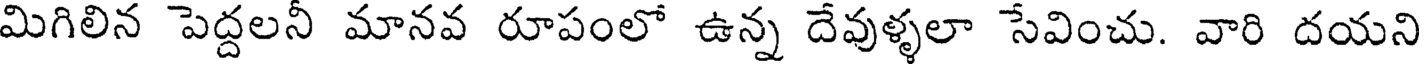
మిగిలిన పెద్దలనీ మానవ రూపంలో ఉన్న దేవుళ్ళలా సేవించు. వారి దయని